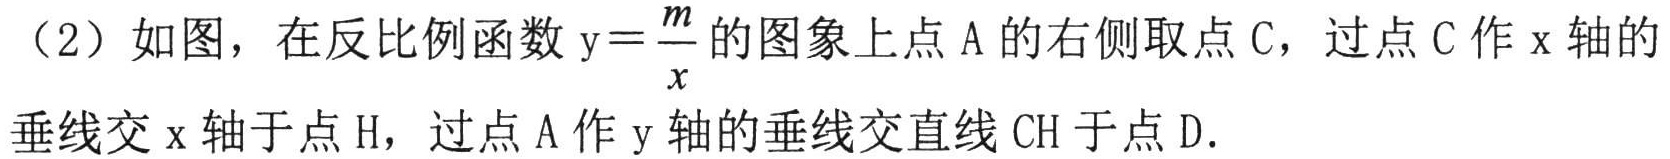
（2）如图，在反比例函数\(y = \frac{m}{x}\)的图象上点\(A\)的右侧取点\(C\)，过点\(C\)作\(x\)轴的
垂线交\(x\)轴于点\(H\)，过点\(A\)作\(y\)轴的垂线交直线\(CH\)于点\(D\).